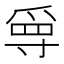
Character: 𡬳